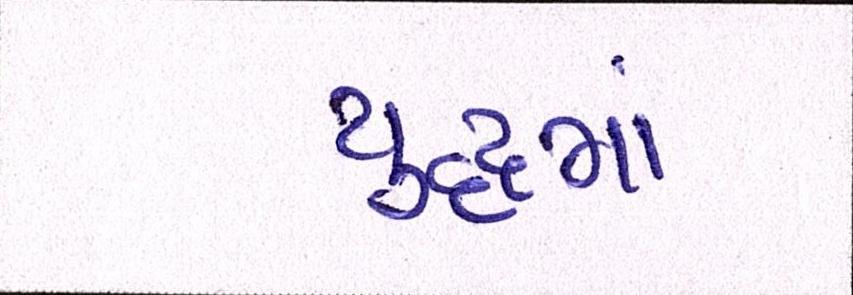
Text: યુદ્ધમાં